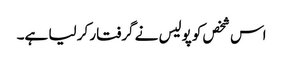
اس شخص کو پولیس نے گرفتار کر لیا ہے۔